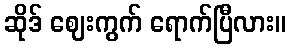
ဆိုဒ် ဈေးကွက် ရောက်ပြီလား။